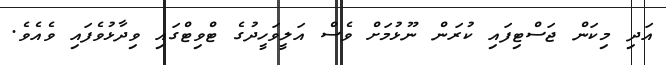
އަދި މިކަން ޖަސްޓިފައި ކުރަން ނޫޅުމަށް ވެސް އަލީވަހީދުގެ ޓްވިޓްގައި ވިދާޅުވެފައި ވެއެވެ.